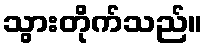
သွားတိုက်သည်။